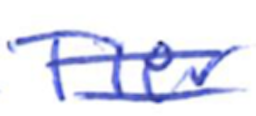
Text: Tier
Cross-out: mix
Writing tool: ballpoint